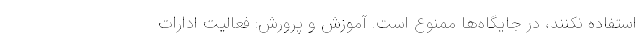
استفاده نکنند، در جایگاه‌ها ممنوع است. آموزش و پرورش: فعالیت ادارات